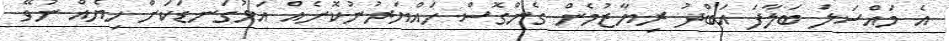
އެ މައްސަލަ ބަލާފަ އަބްދު ރިޔާޒުމެން ގެންގޮސް ހައްޔަރުނުކޮށެއް އަޅުގަނޑަކަށް ހިޔެއް ނުވޭ